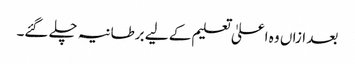
بعد ازاں وہ اعلیٰ تعلیم کے لیے برطانیہ چلے گئے۔